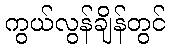
ကွယ်လွန်ချိန်တွင်